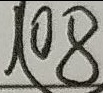
1 0 8